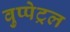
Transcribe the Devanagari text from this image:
वुप्‍पेट्रल